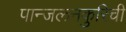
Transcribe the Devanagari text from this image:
पान्जलनकुरिची